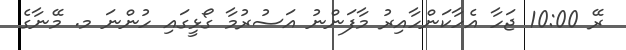
ރޭ 10:00 ޖަހާ އެހާކަންހާއިރު މާފަންނު އަސުރުމާ ގޯޅީގައި ހުންނަ މ. މޭނާގެ